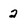
Character: 2